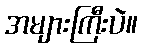
အများကြီးပဲ။